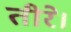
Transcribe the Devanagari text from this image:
तीरे।